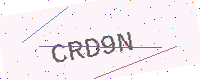
Text: CRD9N